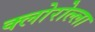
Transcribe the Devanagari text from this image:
क्लोरोल्ला